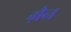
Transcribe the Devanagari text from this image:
ग़ैन